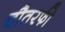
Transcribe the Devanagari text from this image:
चौतरफी